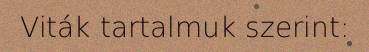
Viták tartalmuk szerint: